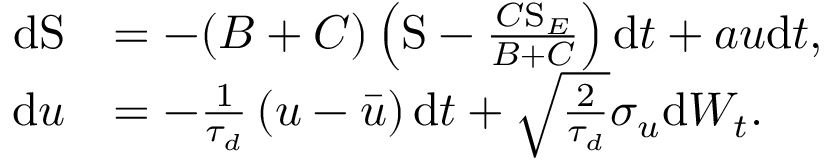
\begin{array} { r l } { \mathrm { d } \mathrm { S } } & { = - ( B + C ) \left( \mathrm { S } - \frac { C \mathrm { S } _ { E } } { B + C } \right) \mathrm { d } t + a u \mathrm { d } t , } \\ { \mathrm { d } u } & { = - \frac { 1 } { \tau _ { d } } \left( u - \bar { u } \right) \mathrm { d } t + \sqrt { \frac { 2 } { \tau _ { d } } } \sigma _ { u } \mathrm { d } W _ { t } . } \end{array}